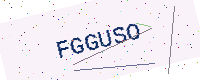
Text: FGGUSO